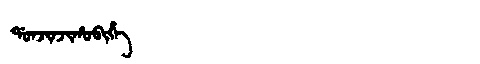
Manchu: ᡩᠣᠨᠵᡳᠨᠵᡳᡥᠣᠪᡳᡥᡝ
Romanization: DONJINJIHOBIHE